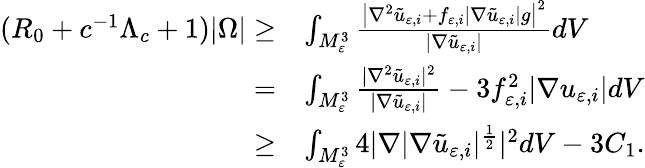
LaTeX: \begin{array}{rl}{(R_{0}+c^{-1}\Lambda_{c}+1)|\Omega|\ge}&{\int_{M_{\varepsilon}^{3}}\frac{\big|\nabla^{2}\tilde{u}_{\varepsilon,i}+f_{\varepsilon,i}|\nabla\tilde{u}_{\varepsilon,i}|g\big|^{2}}{|\nabla\tilde{u}_{\varepsilon,i}|}dV}\\ {=}&{\int_{M_{\varepsilon}^{3}}\frac{|\nabla^{2}\tilde{u}_{\varepsilon,i}|^{2}}{|\nabla\tilde{u}_{\varepsilon,i}|}-3f_{\varepsilon,i}^{2}|\nabla u_{\varepsilon,i}|dV}\\ {\ge}&{\int_{M_{\varepsilon}^{3}}4|\nabla|\nabla\tilde{u}_{\varepsilon,i}|^{\frac{1}{2}}|^{2}dV-3C_{1}.}\end{array}